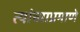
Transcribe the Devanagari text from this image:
त्यांच्याप्रमाणे